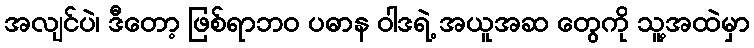
အလျင်ပဲ၊ ဒီတော့ ဖြစ်ရာဘဝ ပဓာန ဝါဒရဲ့ အယူအဆ တွေကို သူ့အထဲမှာ